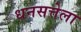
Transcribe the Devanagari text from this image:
धनसत्तेला